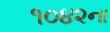
૧૦૪૨ના